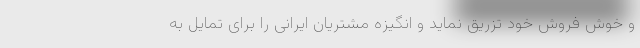
و خوش فروش خود تزریق نماید و انگیزه مشتریان ایرانی را برای تمایل به